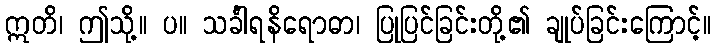
ဣတိ၊ ဤသို့။ ပ။ သင်္ခါရနိရောဓာ၊ ပြုပြင်ခြင်းတို့၏ ချုပ်ခြင်းကြောင့်။